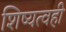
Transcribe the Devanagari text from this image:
शिष्यत्वही